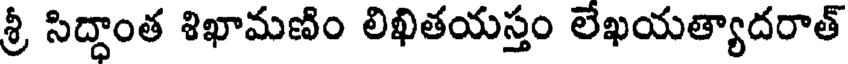
శ్రీ సిద్ధాంత శిఖామణిం లిఖితయస్తం లేఖయత్యాదరాత్